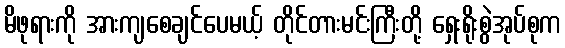
မိဖုရားကို အားကျစေချင်ပေမယ့် တိုင်တားမင်းကြီးတို့ ရှေးရိုးစွဲအုပ်စုက